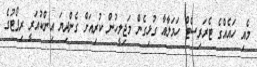
މެއި ހައެއްގެ ޓެރަރިސްޓް ހަމަލާއާ ގުޅިގެން މަޖިލީހުން ކުރިއަށް ގެންދިޔަ އިންކުއަރީ ރިޕޯޓުގެ